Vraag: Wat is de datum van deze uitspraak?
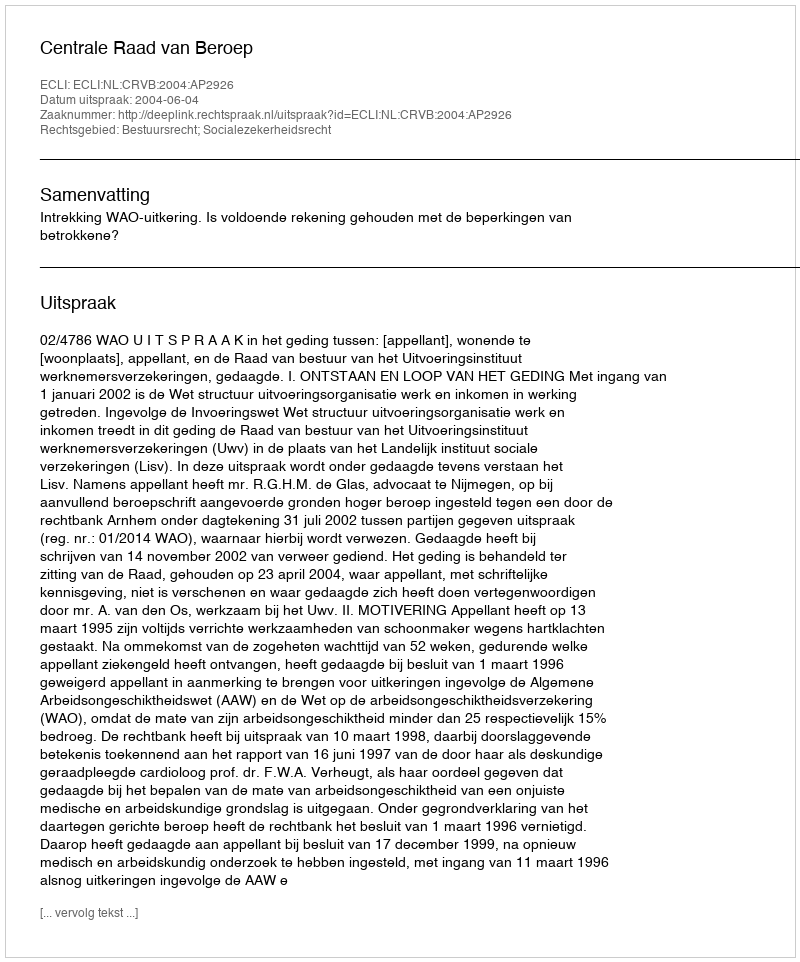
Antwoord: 2004-06-04